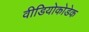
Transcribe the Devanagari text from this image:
वीडियोकोडेक